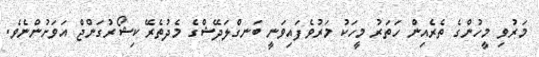
މަރުވި މީހުންގެ ތެރެއިން ހަތަރު މީހަކު މަރުވެފައިވަނީ ބަނގްލަދޭޝްގެ މެދުތެރޭ ކިޝޯރުގަންޖް އަވަށުންނެވެ.